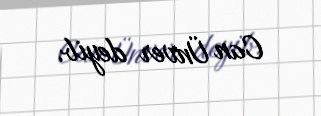
Can Ünver deyib.